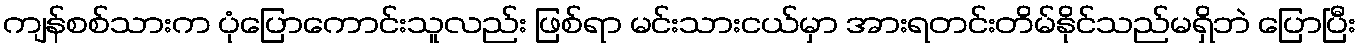
ကျန်စစ်သားက ပုံပြောကောင်းသူလည်း ဖြစ်ရာ မင်းသားငယ်မှာ အားရတင်းတိမ်နိုင်သည်မရှိဘဲ ပြောပြီး